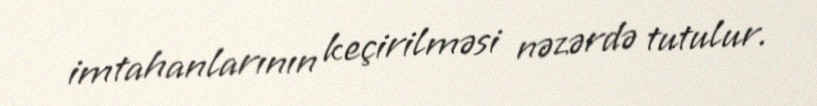
imtahanlarının keçirilməsi nəzərdə tutulur.